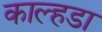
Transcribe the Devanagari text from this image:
काल्हडा